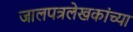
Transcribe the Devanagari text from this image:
जालपत्रलेखकांच्या